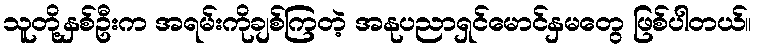
သူတို့နှစ်ဦးက အရမ်းကိုချစ်ကြတဲ့ အနုပညာရှင်မောင်နှမတွေ ဖြစ်ပါတယ်။